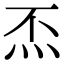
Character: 㶨